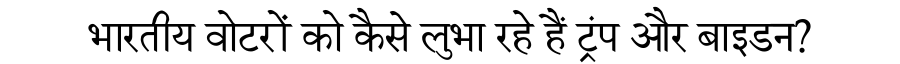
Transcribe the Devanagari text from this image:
भारतीय वोटरों को कैसे लुभा रहे हैं ट्रंप और बाइडन?